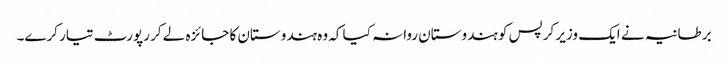
برطانیہ نے ایک وزیر کرپس کو ہندوستان روانہ کیا کہ وہ ہندوستان کا جائزہ لے کر رپورٹ تیار کرے۔